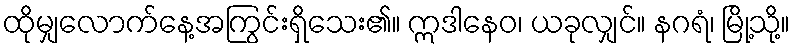
ထိုမျှလောက်နေ့အကြွင်းရှိသေး၏။ ဣဒါနေဝ၊ ယခုလျှင်။ နဂရံ၊ မြို့သို့။